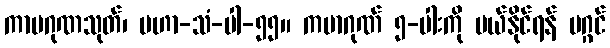
ကာမဂုဏသုတ်၊ မဟာ-သံ-ပါ-၅၅။ ကမာဂုဏ် ၅-ပါးကို ပယ်နိုင်ရန် မဂ္ဂင်